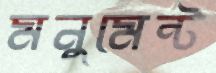
মনুমেন্ট